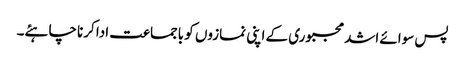
پس سوائے اشد مجبوری کے اپنی نمازوں کو باجماعت ادا کرنا چاہئے۔